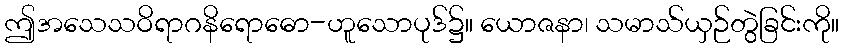
ဤအသေသဝိရာဂနိရောဓော-ဟူသောပုဒ်၌။ ယောဇနာ၊ သမာသ်ယှဉ်တွဲခြင်းကို။